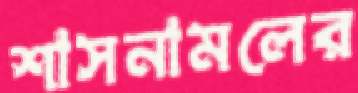
শাসনামলের